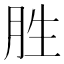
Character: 胜